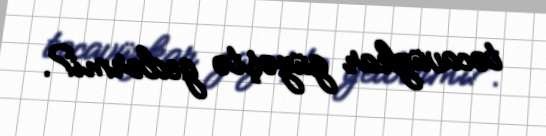
təcavüzkar güzəştə gedərmi?.